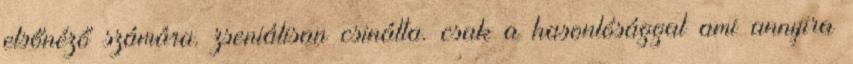
elsőnéző számára. zseniálisan csinálta. csak a hasonlósággal ami annyira